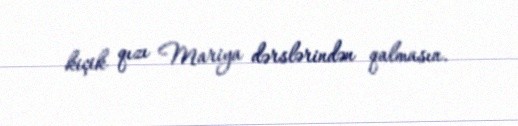
kiçik qızı Mariya dərslərindən qalmasın.